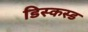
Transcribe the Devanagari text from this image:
डिस्कस्ड